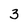
Character: 3